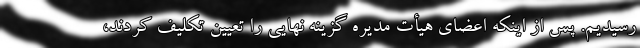
رسیدیم. پس از اینکه اعضای هیأت مدیره گزینه نهایی را تعیین تکلیف کردند،